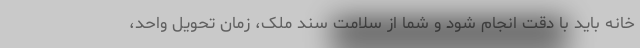
خانه باید با دقت انجام شود و شما از سلامت سند ملک، زمان تحویل واحد،